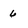
Character: 6